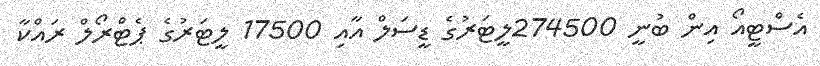
އެސްޓީއޯ އިން ބުނީ 274500ލީޓަރުގެ ޑީސަލް އާއި 17500 ލީޓަރުގެ ޕެޓްރޯލް ރައްކާ